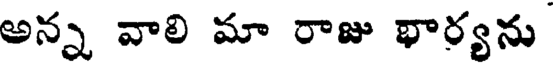
అన్న వాలి మా రాజు భార్యను